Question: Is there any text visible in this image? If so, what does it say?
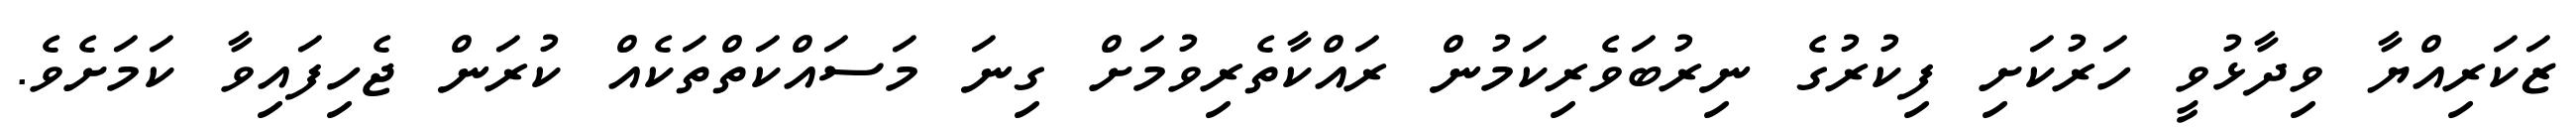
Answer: ޒަކަރިއްޔާ ވިދާޅުވީ ހަރުކަށި ފިކުރުގެ ނިރުބަވެރިކަމުން ރައްކާތެރިވުމަށް ގިނަ މަސައްކަތްތަކެއް ކުރަން ޖެހިފައިވާ ކަމަށެވެ.